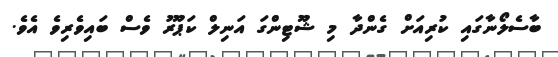
ބާސެލޯނާގައި ކުރިއަށް ގެންދާ މި ޝޫޓިންގަ އަނިލް ކަޕޫރު ވެސް ބައިވެރިވެ އެވެ.